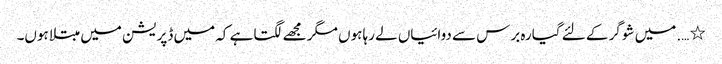
٭ …. میں شوگر کے لئے گیارہ برس سے دوائیاں لے رہا ہوں مگر مجھے لگتا ہے کہ میں ڈپریشن میں مبتلاہوں۔